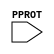
`timescale 1ns / 1ps
//////////////////////////////////////////////////////////////////////////////////
// Company: 
// Engineer: 
// 
// Design Name: 
// Module Name:    Protection 
// Project Name: 
// Target Devices: 
// Tool versions: 
// Description: 
//
// Dependencies: 
//
// Revision: 
// Revision 0.01 - File Created
// Additional Comments: 
//
//////////////////////////////////////////////////////////////////////////////////
module Protection(
	input [2:0] PPROT
    );


endmodule